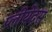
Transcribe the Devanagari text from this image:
प्लीयेदस